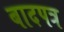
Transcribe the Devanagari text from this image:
बादपत्र